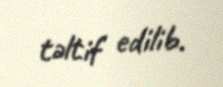
təltif edilib.